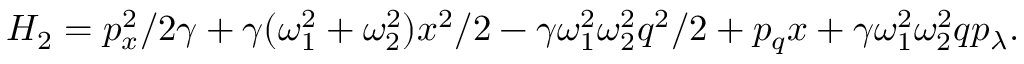
H _ { 2 } = p _ { x } ^ { 2 } / 2 \gamma + \gamma ( \omega _ { 1 } ^ { 2 } + \omega _ { 2 } ^ { 2 } ) x ^ { 2 } / 2 - \gamma \omega _ { 1 } ^ { 2 } \omega _ { 2 } ^ { 2 } q ^ { 2 } / 2 + p _ { q } x + \gamma \omega _ { 1 } ^ { 2 } \omega _ { 2 } ^ { 2 } q p _ { \lambda } .